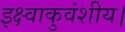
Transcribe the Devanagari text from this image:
इक्ष्वाकुवंशीय।